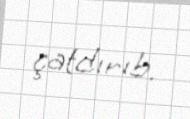
çatdırıb.